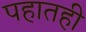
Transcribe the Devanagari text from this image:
पहातही